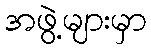
အဖွဲ့များမှာ